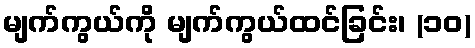
မျက်ကွယ်ကို မျက်ကွယ်ထင်ခြင်း၊ (၁၀)